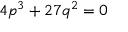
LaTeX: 4 p ^ { 3 } + 2 7 q ^ { 2 } = 0